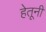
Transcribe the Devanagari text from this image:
हेतूनी